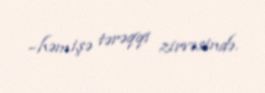
–həmişə tərəqqi zirvəsində.